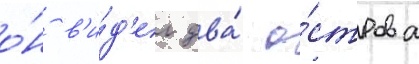
о́н в'и́д'ел два́ о́строва